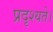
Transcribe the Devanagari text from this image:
प्रदृश्यते।